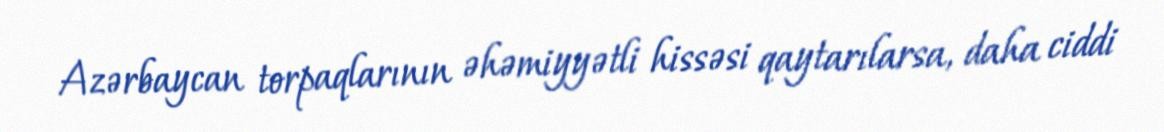
Azərbaycan torpaqlarının əhəmiyyətli hissəsi qaytarılarsa, daha ciddi